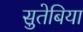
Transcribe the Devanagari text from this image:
सुतेबिया